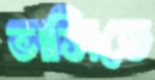
ভাসিতে